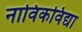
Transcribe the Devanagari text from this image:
नाविकविद्या